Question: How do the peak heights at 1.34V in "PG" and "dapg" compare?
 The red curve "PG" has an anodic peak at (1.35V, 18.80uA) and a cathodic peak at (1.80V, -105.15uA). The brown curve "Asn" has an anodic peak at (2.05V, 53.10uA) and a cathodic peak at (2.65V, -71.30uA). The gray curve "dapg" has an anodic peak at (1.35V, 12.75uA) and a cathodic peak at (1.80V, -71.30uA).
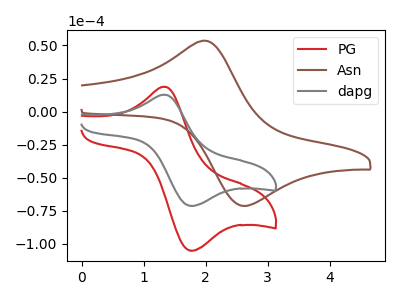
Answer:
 <answer>The peak at 1.34V is higher in "PG" than in "dapg".</answer>
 <eval>higher</eval>